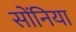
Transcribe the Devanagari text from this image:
सोंनिया